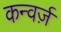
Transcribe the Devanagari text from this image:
कन्वर्ज़